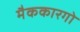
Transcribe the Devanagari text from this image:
मैककारगो